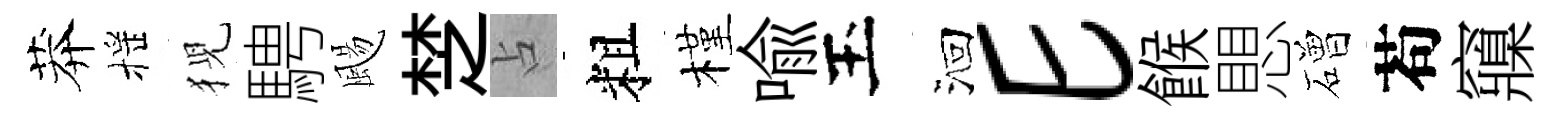
莽摇猊騁颺椘占粗槿喩玉洄E餱愳磳苟䆿